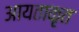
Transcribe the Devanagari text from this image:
आयताकृत